Rangoon Lunatic Asylum 1878-1892 - 1878-1892
Year: 1878
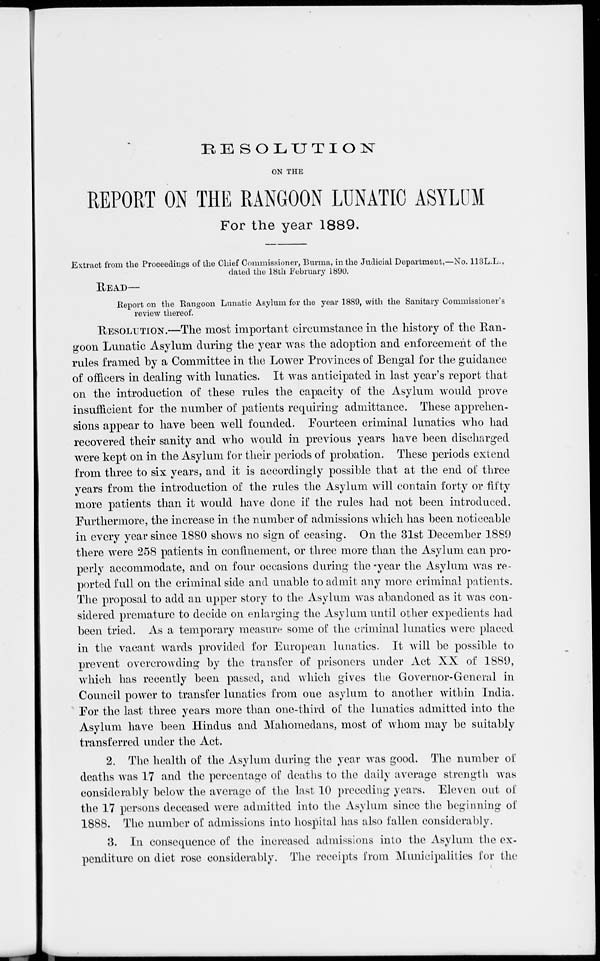
RESOLUTION
ON THE
REPORT ON THE RANGOON LUNATIC ASYLUM
For the year 1889.
Extract from the Proceedings of the Chief Commissioner, Burma, in the Judicial Department,—No. 113L.L.,
dated the 18th February 1890.
READ—
Report on the Rangoon Lunatic Asylum for the year 1889, with the Sanitary Commissioner's
review thereof.
RESOLUTION.—The most important circumstance in the history of the Ran-
goon Lunatic Asylum during the year was the adoption and enforcement of the
rules framed by a Committee in the Lower Provinces of Bengal for the guidance
of officers in dealing with lunatics. It was anticipated in last year's report that
on the introduction of these rules the capacity of the Asylum would prove
insufficient for the number of patients requiring admittance. These apprehen-
sions appear to have been well founded. Fourteen criminal lunatics who had
recovered their sanity and who would in previous years have been discharged
were kept on in the Asylum for their periods of probation. These periods extend
from three to six years, and it is accordingly possible that at the end of three
years from the introduction of the rules the Asylum will contain forty or fifty
more patients than it would have done if the rules had not been introduced.
Furthermore, the increase in the number of admissions which has been noticeable
in every year since 1880 shows no sign of ceasing. On the 31st December 1889
there were 258 patients in confinement, or three more than the Asylum can pro-
perly accommodate, and on four occasions during the year the Asylum was re-
ported full on the criminal side and unable to admit any more criminal patients.
The proposal to add an upper story to the Asylum was abandoned as it was con-
sidered premature to decide on enlarging the Asylum until other expedients had
been tried. As a temporary measure some of the criminal lunatics were placed
in the vacant wards provided for European lunatics. It will be possible to
prevent overcrowding by the transfer of prisoners under Act XX of 1889,
which has recently been passed, and which gives the Governor-General in
Council power to transfer lunatics from one asylum to another within India.
For the last three years more than one-third of the lunatics admitted into the
Asylum have been Hindus and Mahomedans, most of whom may be suitably
transferred under the Act.
2. The health of the Asylum during the year was good. The number of
deaths was 17 and the percentage of deaths to the daily average strength was
considerably below the average of the last 10 preceding years. Eleven out of
the 17 persons deceased were admitted into the Asylum since the beginning of
1888.
The number of admissions into hospital has also fallen considerably.
3. In consequence of the increased admissions into the Asylum the ex-
penditure on diet rose considerably. The receipts from Municipalities for the